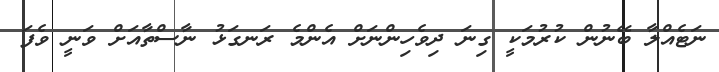
ނަޓެއްލާ ބޭނުން ކުރުމަކީ ގިނަ ދިވެހިންނަށް އެންމެ ރަނގަޅު ނާސްތާއަށް ވަނީ ވެފަ